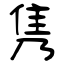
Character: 隽